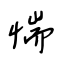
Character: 惴